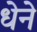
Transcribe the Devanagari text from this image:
धेने